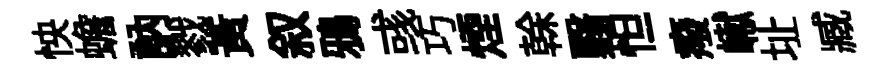
怏蟾訥戮黄叙鴉彧巧煙𠏉翳怛癈𪩘址臧